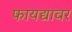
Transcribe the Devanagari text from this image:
फायद्यावर